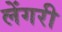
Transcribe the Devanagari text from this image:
लेंगरी